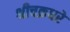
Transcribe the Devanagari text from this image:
श्रीचक्रधरे